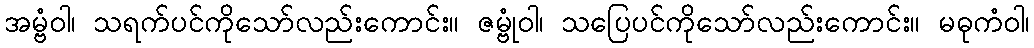
အမ္ဗံဝါ၊ သရက်ပင်ကိုသော်လည်းကောင်း။ ဇမ္ဗုံဝါ၊ သပြေပင်ကိုသော်လည်းကောင်း။ မဓုကံဝါ၊